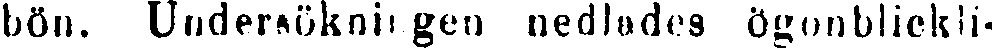
bön. Undersökningen nedlades ögonblickli-